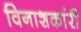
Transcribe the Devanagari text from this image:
विनाशकांरी